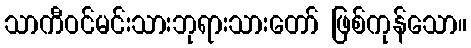
သာကီဝင်မင်းသားဘုရားသားတော် ဖြစ်ကုန်သော။